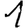
Digit: 1